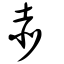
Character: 赤